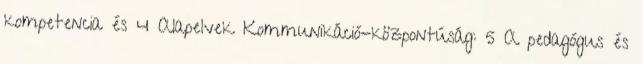
kompetencia és 4 Alapelvek Kommunikáció-központúság: 5 A pedagógus és